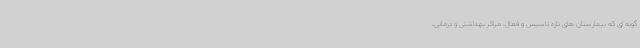
گونه ای که بیمارستان های تازه تاسیس و فعال، مراکز بهداشتی و درمانی،